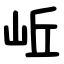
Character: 岴